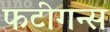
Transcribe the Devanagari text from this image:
फटीगन्स